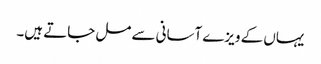
یہاں کے ویزے آسانی سے مل جاتے ہیں۔